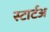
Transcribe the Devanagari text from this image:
स्टार्टअ